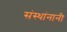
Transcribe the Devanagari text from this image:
संस्थांनानी